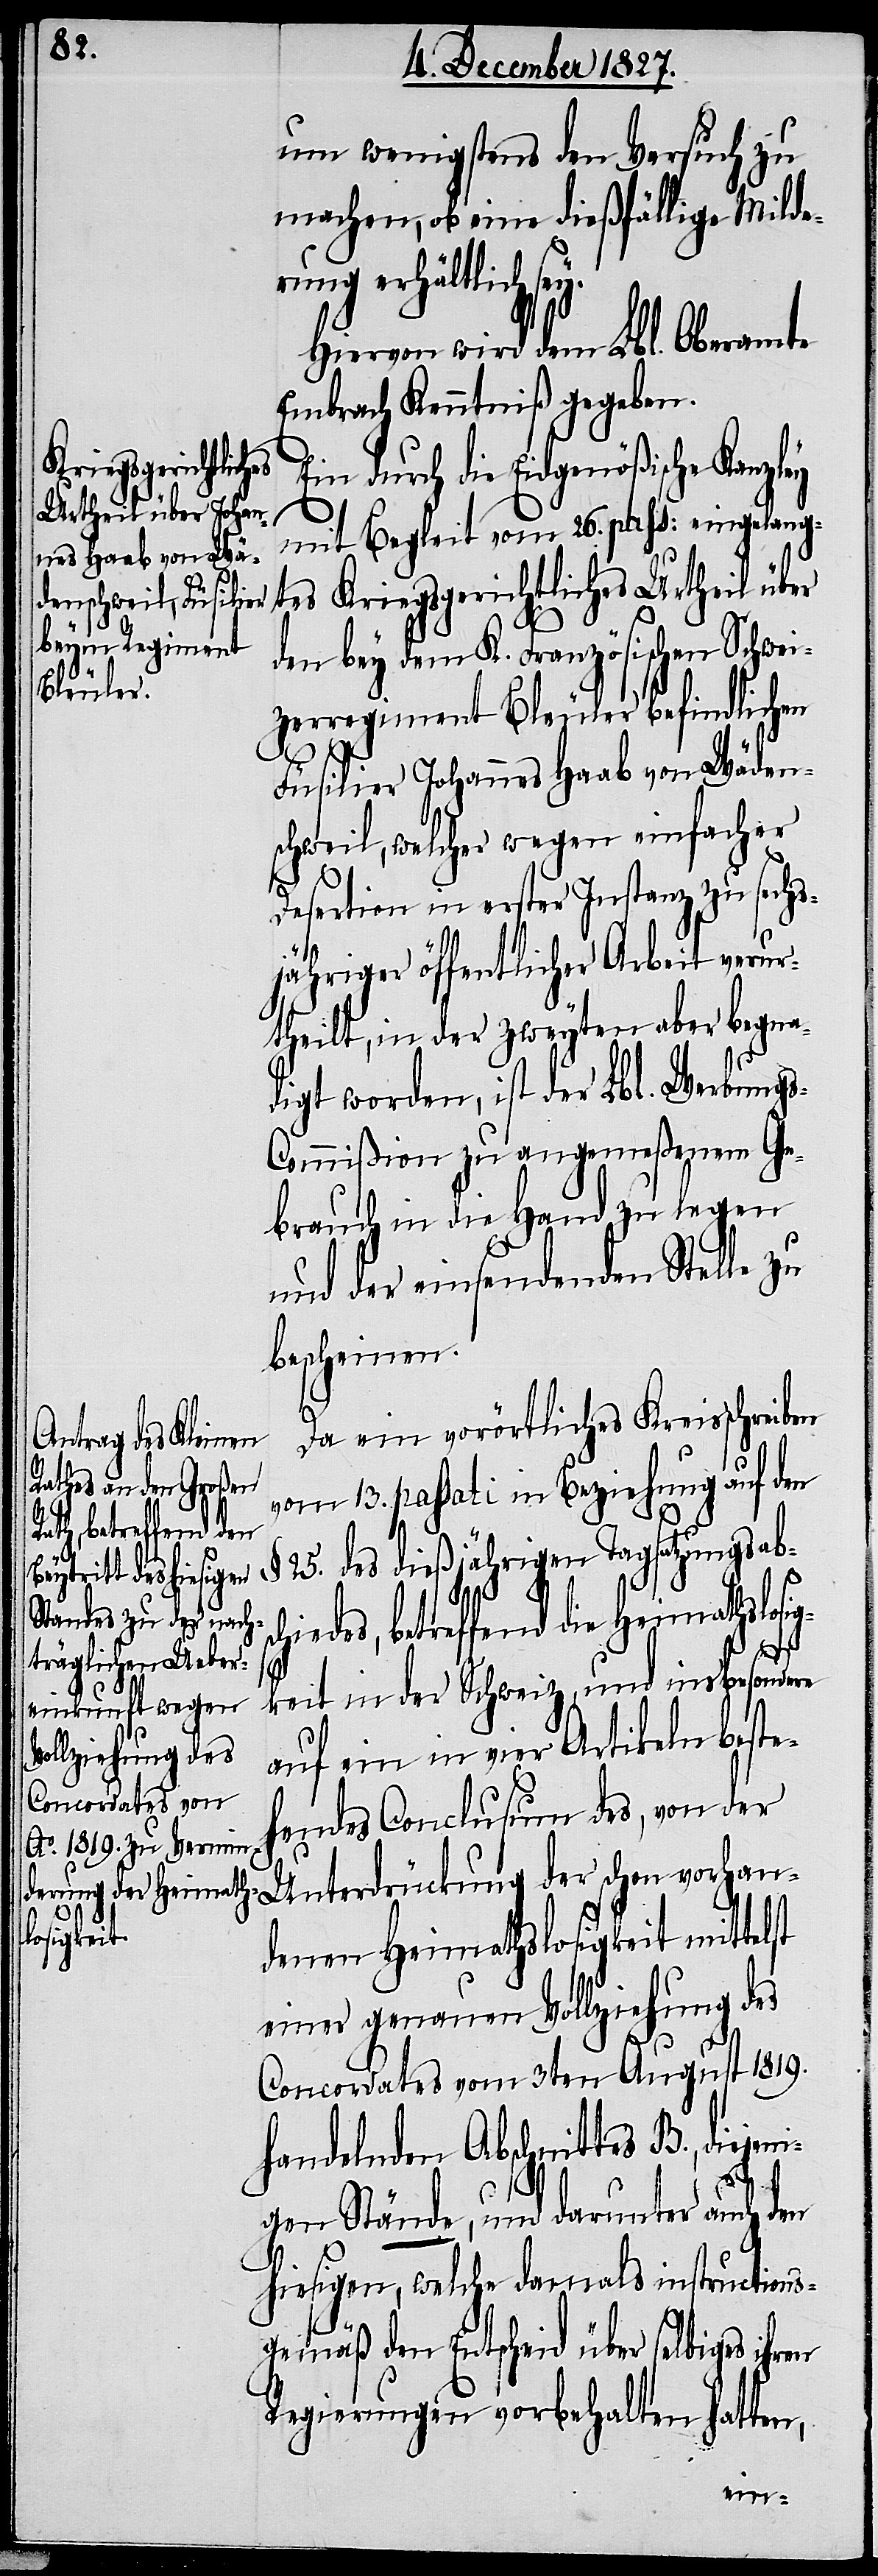
um wenigstens den Versuch zu
machen, ob eine dießfällige Milde¬
rung erhältlich sey.
Hiervon wird dem Lbl. Oberamt
Embrach Kenntniß gegeben.
Ein durch die Eidgenößische Kanzley
mit Begleit vom 26. pass: eingelang¬
tes Kriegsgerichtliches Urtheil über
den bey dem K. Französischen Schwei¬
zerregiment Bleuler befindlichen
Füsilier Johannes Haab von Wäden¬
schweil, welcher wegen einfacher
Desertion in erster Instanz zu sechs¬
jähriger öffentlicher Arbeit verur¬
theilt, in der zweyten aber begna¬
digt worden, ist der Lbl. Werbung¬
s-Commißion zu angemeßenem Ge¬
brauch in die Hand zu legen
und der einsendenden Stelle zu
bescheinen.
Da ein vorörtliches Kreisschreiben
vom 13. passati in Beziehung auf den
§. 25. des dießjährigen Tagsatzungsabs¬
chiedes, betreffend die Heimathslosig¬
keit in der Schweiz, und insbesondere
auf ein in vier Artikeln besteh¬
endes Conclusum des, von der
Unterdrückung der schon vorhan¬
denen Heimathslosigkeit mittelst
einer genauen Vollziehung des
Concordates vom 3ten August 1819.
handelnden Abschnittes B., diejeni¬
gen Stände, und darunter auch den
hiesigen, welche damals instructions¬
gemäß den Entscheid über selbiges
Regierungen vorbehalten hatten,